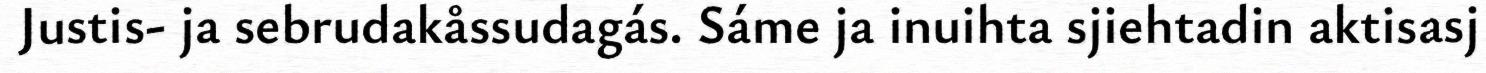
Justis- ja sebrudakåssudagás. Sáme ja inuihta sjiehtadin aktisasj